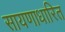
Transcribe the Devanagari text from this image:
सायणाधारित